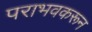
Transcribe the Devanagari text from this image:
पराभवकरून